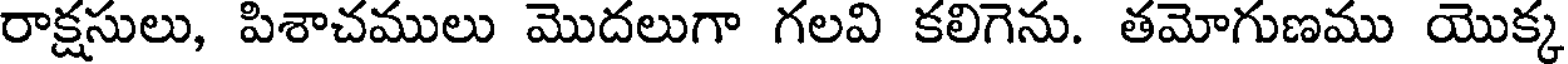
రాక్షసులు, పిశాచములు మొదలుగా గలవి కలిగెను. తమోగుణము యొక్క